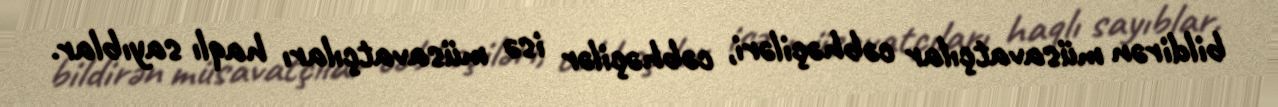
bildirən müsavatçılar cəbhəçiləri, cəbhəçilər isə müsavatçıları haqlı sayıblar.